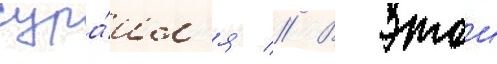
изра́ил'я // В этои